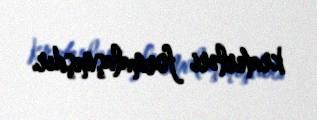
kraterləri formalaşmışdır.